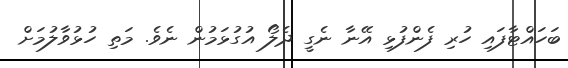
ބަހައްޓާފައި ހުރި ފެންފުޅި އޭނާ ނެގީ ދެލޯ އުގުޅަމުން ނެވެ. މަތި ހުޅުވާލުމަށް